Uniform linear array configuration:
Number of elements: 32
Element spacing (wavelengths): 0.75
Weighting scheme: blackman
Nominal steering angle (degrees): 30
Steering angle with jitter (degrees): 31.354
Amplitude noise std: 0.05
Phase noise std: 0.05

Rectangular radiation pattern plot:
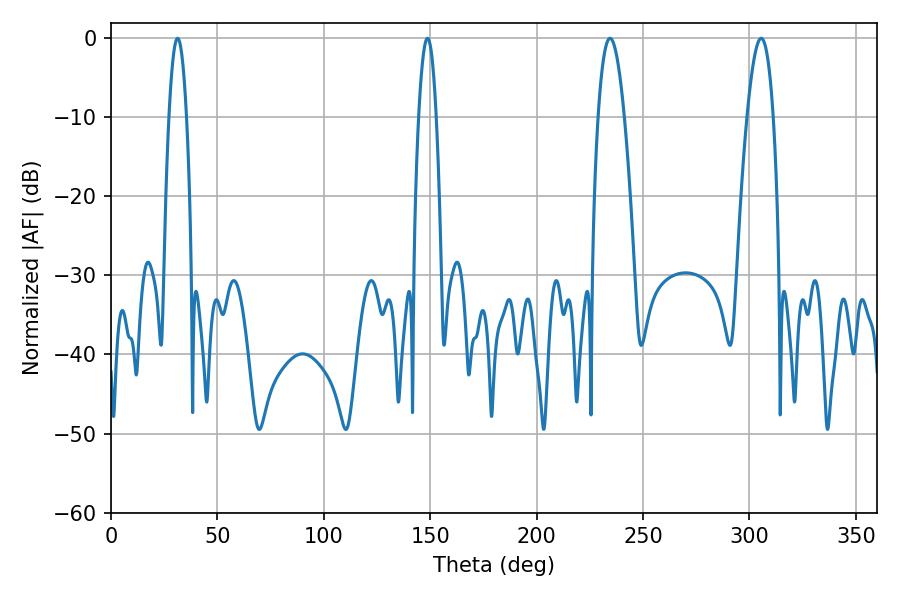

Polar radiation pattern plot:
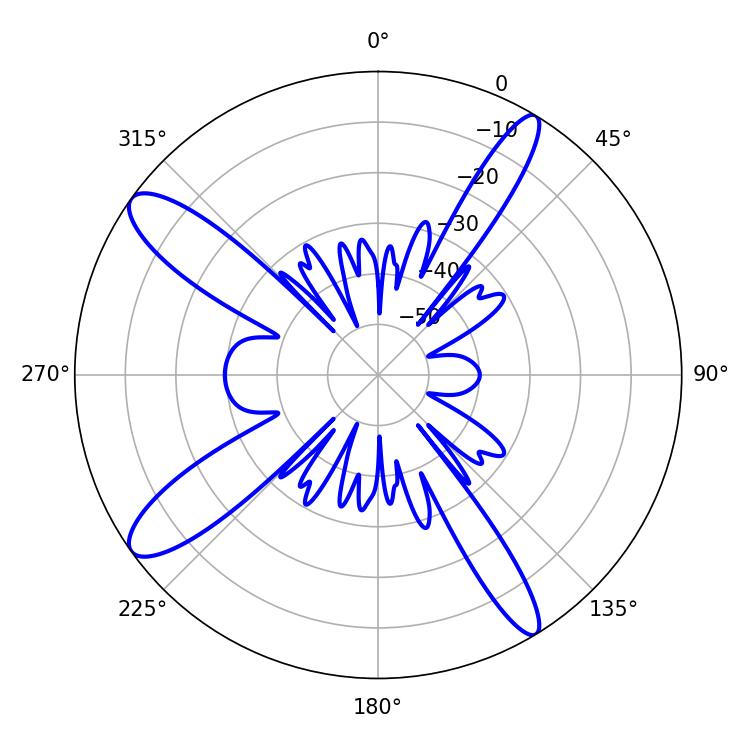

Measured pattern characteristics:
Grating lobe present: TRUE
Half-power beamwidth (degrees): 4.5
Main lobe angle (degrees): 148.68